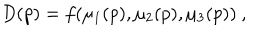
D ( p ) = f ( \mu _ { 1 } ( p ) , \mu _ { 2 } ( p ) , \mu _ { 3 } ( p ) ) ~ , \hspace { 1 c m }